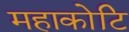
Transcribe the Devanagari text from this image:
महाकोटि